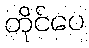
တိုင်ပေ